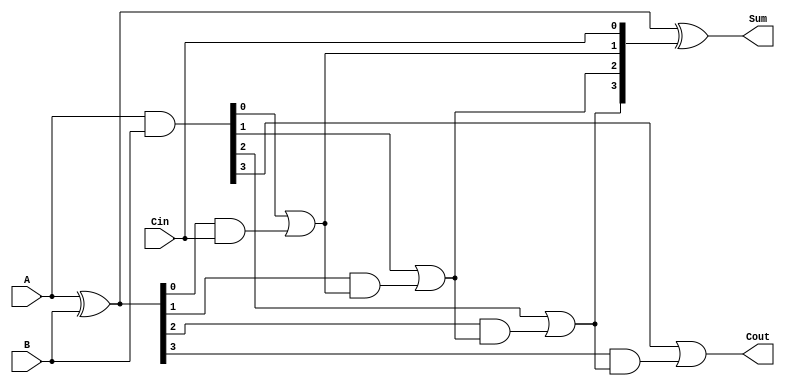
module CILA #(parameter n = 4) (
    input  [n-1:0] A,     // First operand
    input  [n-1:0] B,     // Second operand
    input          Cin,    // Carry-in
    output [n-1:0] Sum,    // Sum output
    output         Cout     // Carry-out output
);

    wire [n-1:0] P; // Propagate signals
    wire [n-1:0] G; // Generate signals
    wire [n:0] C;   // Carry signals

    // Generate and propagate calculations
    assign P = A ^ B;            // P[i] = A[i]  B[i]
    assign G = A & B;            // G[i] = A[i]  B[i]

    // Carry calculations using lookahead logic
    assign C[0] = Cin;           // C[0] = Cin
    assign C[1] = G[0] | (P[0] & C[0]);
    assign C[2] = G[1] | (P[1] & C[1]);
    assign C[3] = G[2] | (P[2] & C[2]);
    assign C[4] = G[3] | (P[3] & C[3]);

    // Sum calculations
    assign Sum = P ^ C[n-1:0];   // Sum[i] = P[i]  C[i]

    // Final carry out
    assign Cout = C[n];

endmodule